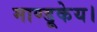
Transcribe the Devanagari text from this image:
माण्डूकेय।